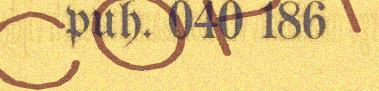
puh. 040 186